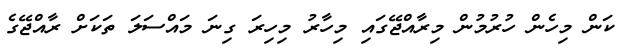
ކަން މިހެން ހުރުމުން މިރާއްޖޭގައި މިހާރު މިހިރަ ގިނަ މައްސަލަ ތަކަށް ރާއްޖޭގެ